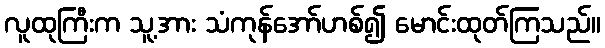
လူထုကြီးက သူ့အား သံကုန်အော်ဟစ်၍ မောင်းထုတ်ကြသည်။